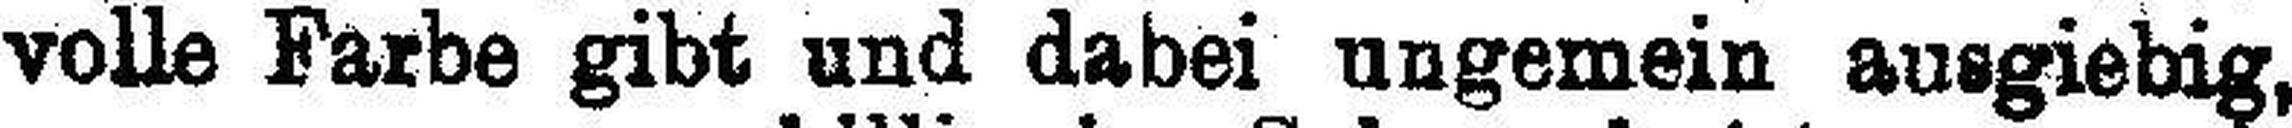
volle Farbe gibt und dabei ungemein ausgiebig, daher